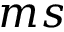
m s